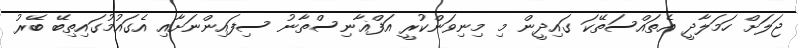
ޖަލަށް ހަމަލާދީ އެތައްސަތޭކަ ގައިދީން މި މިނިވަންކުރީ އަފްޣާނިސްތާނު ސިފައިންނަށާއި އެގައުމުގައިތިބޭ ބޭރު